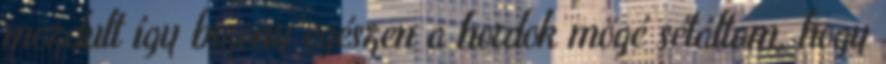
mozdult így bizony egészen a hordok mögé sétáltam, hogy